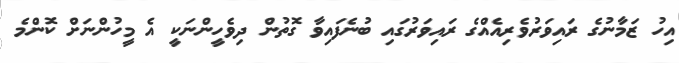
އިހު ޒަމާނުގެ ރައިވަރުވެރިއެއްގެ ރައިވަރުގައި ބުނެފައިވާ ގޮތުން ދިވެހީންނަކީ އެ މީހުންނަށް ކޮންމެ